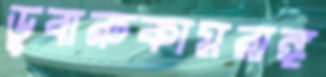
ডুবারুকামরাঙ্গ